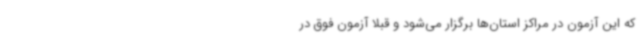
که این آزمون در مراکز استان‌ها برگزار می‌شود و قبلاً آزمون فوق در